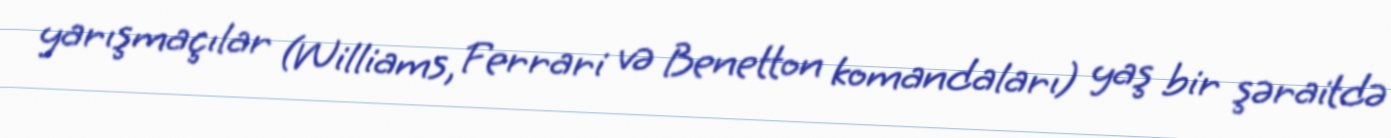
yarışmaçılar (Williams, Ferrari və Benetton komandaları) yaş bir şəraitdə